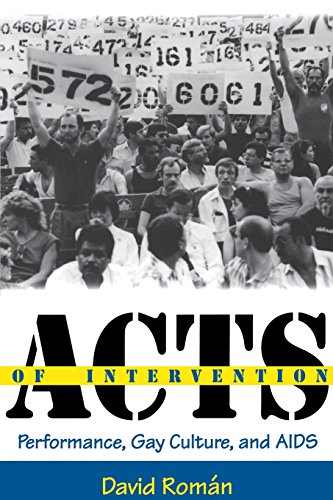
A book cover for Acts of Intervention: Performance, Gay Culture, and AIDS (Unnatural Acts: Theorizing the Performative); David Roman; Literature & Fiction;